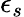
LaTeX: \epsilon_{s}